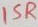
Text: 15R